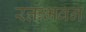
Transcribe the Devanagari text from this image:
रक्तभवन